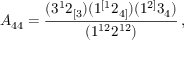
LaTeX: A _ { 4 4 } = \frac { ( 3 ^ { 1 } 2 _ { [ 3 } ) ( 1 ^ { [ 1 } 2 _ { 4 ] } ) ( 1 ^ { 2 ] } 3 _ { 4 } ) } { ( 1 ^ { 1 2 } 2 ^ { 1 2 } ) } \, ,